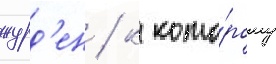
журд'ен / к кото́рому